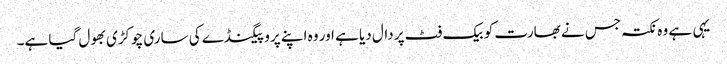
یہی ہے وہ نکتہ جس نے بھارت کو بیک فٹ پر دال دیا ہے اور وہ اپنے پروپیگنڈے کی ساری چوکڑی بھول گیا ہے۔